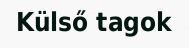
Külső tagok